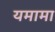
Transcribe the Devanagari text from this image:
यमामा